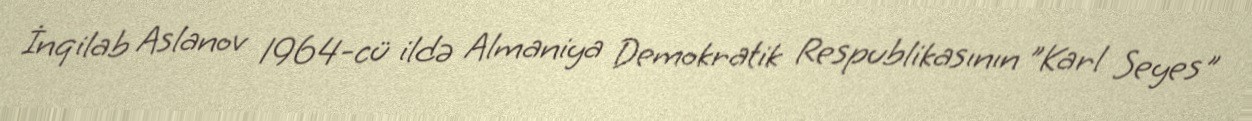
İnqilab Aslanov 1964-cü ildə Almaniya Demokratik Respublikasının "Karl Seyes"